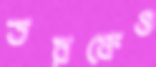
তরফেও